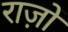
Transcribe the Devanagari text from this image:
राज़ों